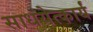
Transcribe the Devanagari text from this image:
साधयेत्कार्यं